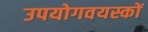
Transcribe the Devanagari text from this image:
उपयोगवयस्कों